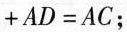
$$+AD=AC$$；